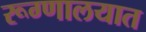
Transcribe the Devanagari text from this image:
रूग्‍णालयात